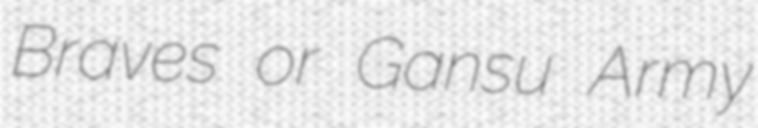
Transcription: Braves or Gansu Army